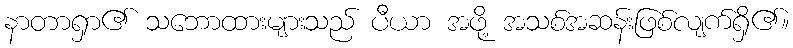
နာတာရှာ၏ သဘောထားများသည် ပီယာ အဖို့ အသစ်အဆန်းဖြစ်လျက်ရှိ၏။